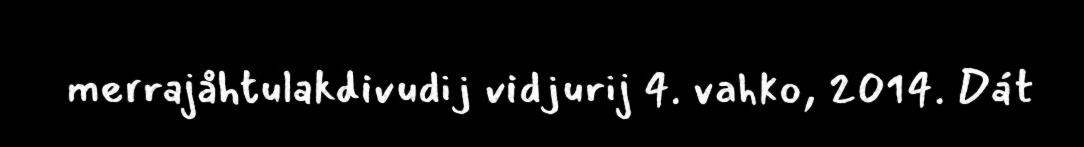
merrajåhtulakdivudij vidjurij 4. vahko, 2014. Dát